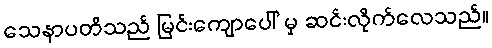
သေနာပတိသည် မြင်းကျောပေါ် မှ ဆင်းလိုက်လေသည်။